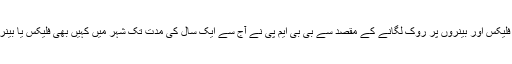
شہر کی خوبصورتی کو متاثر کرنے والے فلیکس اور بینروں پر روک لگانے کے مقصد سے بی بی ایم پی نے آج سے ایک سال کی مدت تک شہر میں کہیں بھی فلیکس یا بینر لگانے پر صدفیصد پابندی عائد کردی ہے۔